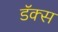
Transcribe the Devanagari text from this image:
डॅक्स